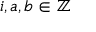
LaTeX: i , a , b \in \mathbb { Z }